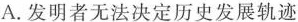
A.发明者无法决定历史发展轨迹